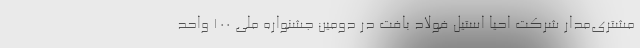
مشتری‌مدار شرکت احیا استیل فولاد بافت در دومین جشنواره ملی 100 واحد